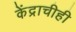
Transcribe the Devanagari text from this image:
केंद्राचीही